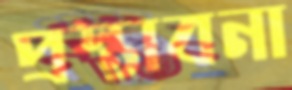
প্রস্তাবনা